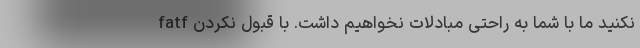
نکنید ما با شما به راحتی مبادلات نخواهیم داشت. با قبول نکردن fatf